Report of the Indian Hemp Drugs Commission, 1894-1895 - Volume I
Year: 1894
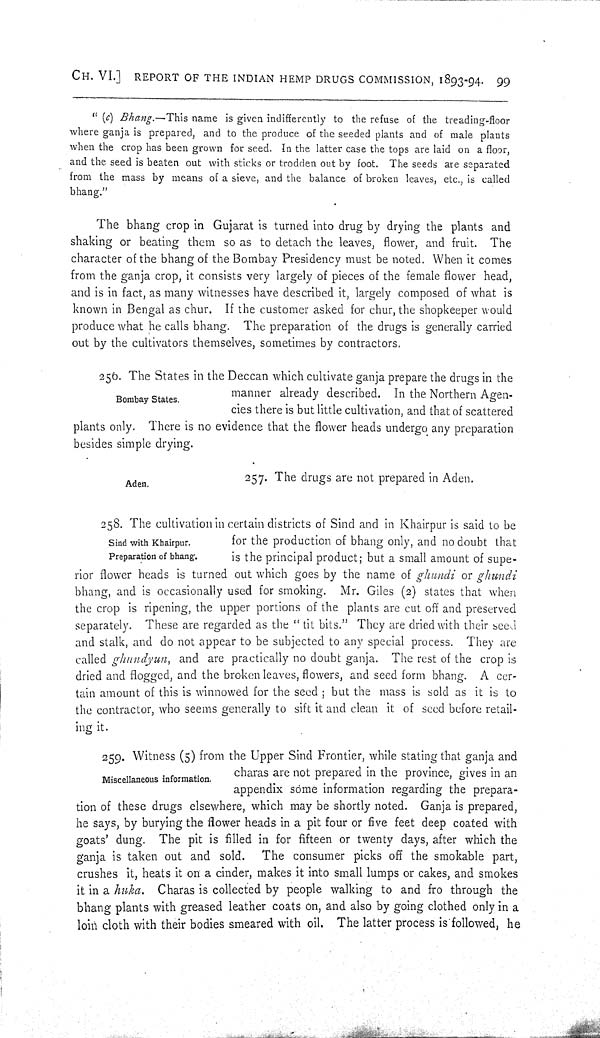
CH. VI.] REPORT OF THE INDIAN HEMP DRUGS COMMISSION, 1893-94. 99
"(c) Bhang.—This name is given indifferently to the refuse of the treading-floor
where ganja is prepared, and to the produce of the seeded plants and of male plants
when the crop has been grown for seed. In the latter case the tops are laid on a floor,
and the seed is beaten out with sticks or trodden out by foot. The seeds are separated
from the mass by means of a sieve, and the balance of broken leaves, etc., is called
bhang."
The bhang crop in Gujarat is turned into drug by drying the plants and
shaking or beating them so as to detach the leaves, flower, and fruit. The
character of the bhang of the Bombay Presidency must be noted. When it comes
from the ganja crop, it consists very largely of pieces of the female flower head,
and is in fact, as many witnesses have described it, largely composed of what is
known in Bengal as chur. If the customer asked for chur, the shopkeeper would
produce what he calls bhang. The preparation of the drugs is generally carried
out by the cultivators themselves, sometimes by contractors.
Bombay States.
256. The States in the Deccan which cultivate ganja prepare the drugs in the
manner already described. In the Northern Agen-
cies there is but little cultivation, and that of scattered
plants only. There is no evidence that the flower heads undergo any preparation
besides simple drying.
Aden.
257. The drugs are not prepared in Aden.
Sind with Khairpur.
Preparation of bhang.
258. The cultivation in certain districts of Sind and in Khairpur is said to be
for the production of bhang only, and no doubt that
is the principal product; but a small amount of supe-
rior flower heads is turned out which goes by the name of ghundi or ghundi
bhang, and is occasionally used for smoking. Mr. Giles (2) states that when
the crop is ripening, the upper portions of the plants are cut off and preserved
separately. These are regarded as the "tit bits." They are dried with their seed
and stalk, and do not appear to be subjected to any special process. They are
called ghundyun,
and are practically no doubt ganja. The rest of the crop is
dried and flogged, and the broken leaves, flowers, and seed form bhang. A cer-
tain amount of this is winnowed for the seed; but the mass is sold as it is to
the contractor, who seems generally to sift it and clean it of seed before retail-
ing it.
Miscellaneous information.
259. Witness (5) from the Upper Sind Frontier, while stating that ganja and
charas are not prepared in the province, gives in an
appendix some information regarding the prepara-
tion of these drugs elsewhere, which may be shortly noted. Ganja is prepared,
he says, by burying the flower heads in a pit four or five feet deep coated with
goats' dung. The pit is filled in for fifteen or twenty days, after which the
ganja is taken out and sold.
The consumer picks off the smokable part,
crushes it, heats it on a cinder, makes it into small lumps or cakes, and smokes
it in a huka. Charas is collected by people walking to and fro through the
bhang plants with greased leather coats on, and also by going clothed only in a
loin cloth with their bodies smeared with oil. The latter process is followed, he